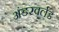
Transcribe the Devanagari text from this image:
अंडरवर्लड